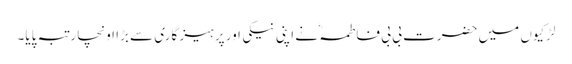
لڑکیوں میں حضرت بی بی فاطمہؓ نے اپنی نیکی اور پرہیز گاری سے بڑا اونچا رتبہ پایا۔